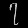
Digit: ၇